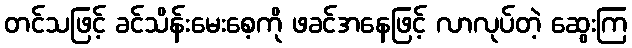
တင်သဖြင့် ခင်သိန်းမေးစေ့ကို ဖခင်အနေဖြင့် လာလုပ်တဲ့ ဆွေးကြ